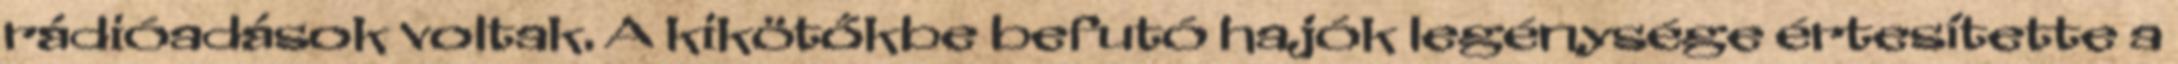
rádióadások voltak. A kikötőkbe befutó hajók legénysége értesítette a